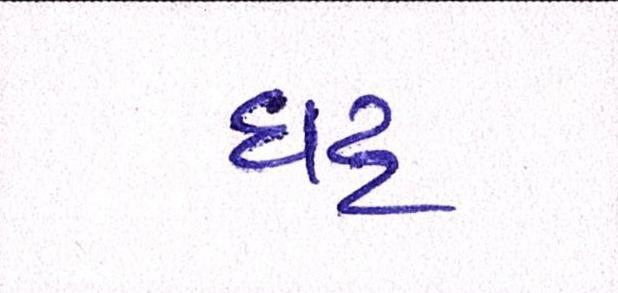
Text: ઘટ્ટ